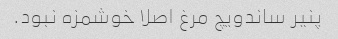
پنیر ساندویچ مرغ اصلا خوشمزه نبود.